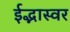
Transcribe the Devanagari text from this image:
ईद्भास्वर